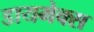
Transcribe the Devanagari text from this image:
डायमेक्स